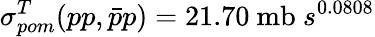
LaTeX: \sigma_{pom}^{T}(pp,\bar{p}p)=21.70~\mathrm{mb}~s^{0.0808}